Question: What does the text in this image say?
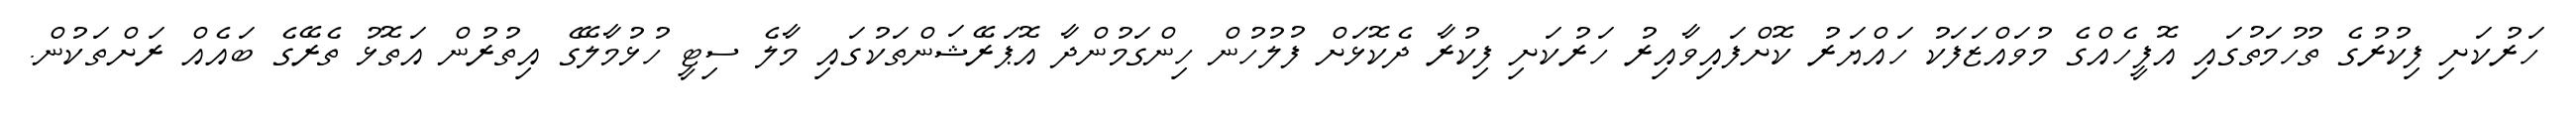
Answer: ހަރުކަށި ފިކުރުގެ ތުހުމަތުގައި އޮފީހެއްގެ މުވައްޒަފަކު ހައްޔަރު ކޮށްފައިވާއިރު ހަރުކަށި ފިކުރާ ދެކޮޅަށް ފުލުހުން ހިންގަމުންދާ އޮޕަރޭޝަންތަކުގައި މާލެ ސިޓީ ހުޅުމާލޭގެ އިތުރުން އަތޮޅު ތެރޭގެ ބައެއް ރަށްތަކުން.